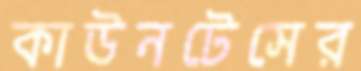
কাউনটেসের